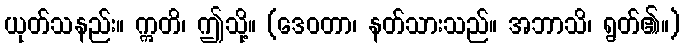
ယုတ်သနည်း။ ဣတိ၊ ဤသို့။ (ဒေဝတာ၊ နတ်သားသည်။ အဘာသိ၊ ရွတ်၏။)